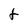
Character: t